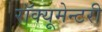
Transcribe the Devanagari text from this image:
रॉक्यूमेन्टरी